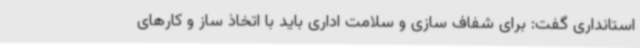
استانداری گفت: برای شفاف سازی و سلامت اداری باید با اتخاذ ساز و کارهای